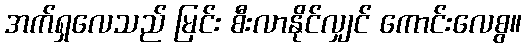
အက်ရှလေသည် မြင်း စီးလာနိုင်လျှင် ကောင်းလေစွ။